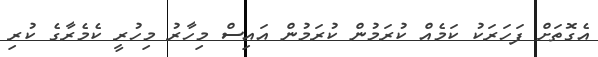
އެގޮތަށް ފަހަރަކު ކަމެއް ކުރަމުން ކުރަމުން އައިސް މިހާރު މިހުރީ ކެމެރާގެ ކުރި